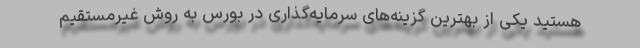
هستید یکی از بهترین گزینه‌های سرمایه‌گذاری در بورس به روش غیرمستقیم